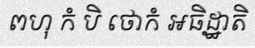
ពហុ កំ បិ ថោកំ អធិដ្ឋាតិ